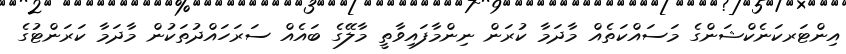
އިންޓަރކަނެކްޝަންގެ މަސައްކަތެއް މާދަމާ ކުރަން ނިންމާފައިވާތީ މާލޭގެ ބައެއް ސަރަހައްދުތަކުން މާދަމާ ކަރަންޓުގެ